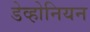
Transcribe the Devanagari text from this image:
डेव्होनियन